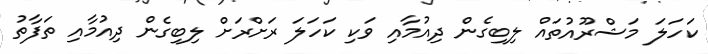
ކަހަލަ މަޝްރޫއުތައް ލިބިގެން ދިއުމާއި ވަކި ކަހަލަ ރަށްރަށް ލިބިގެން ދިއުމާއި ތަފާތު